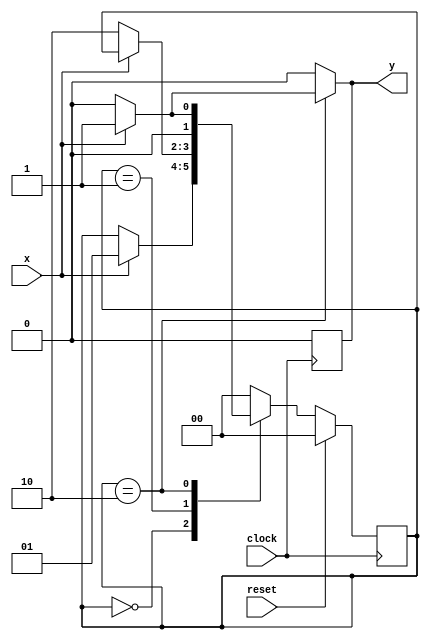
`timescale 1ns / 1ps
//////////////////////////////////////////////////////////////////////////////////
// Company: 
// Engineer: 
// 
// Design Name: 
// Module Name:    mealy_overlapping_FSM 
// Project Name: 
// Target Devices: 
// Tool versions: 
// Description: 
//
// Dependencies: 
//
// Revision: 
// Revision 0.01 - File Created
// Additional Comments: 
//
//////////////////////////////////////////////////////////////////////////////////
module mealy_overlapping_FSM(clock,reset,x,y);

input clock; // clock signal
input reset; // reset input
input x; // binary input
output reg y;

parameter  s0=2'b00; // "Zero" State
parameter  s1=2'b01;
parameter  s2=2'b10;


reg [1:0] current_state, next_state;
always @(current_state or x)
begin
	y=0;
	case(current_state)
	s0:
	begin
	if(x==1)
	next_state=s1;
	else
	next_state=current_state;
	end
	
	s1:
	begin
	if(x==0)
	next_state=s2;
	else
	next_state=current_state;
	end
	
	s2:begin
	if(x==1)begin
	y=1;
	next_state=s1;
	end
	else
	next_state=s0;
	end
	
	default:next_state=s0;
	endcase
end


always@(posedge clock)
begin 
	y=0;
	if(reset)
	current_state=s0;
	else
	current_state=next_state;
end

endmodule